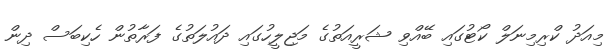
މިއަދު ކްރިމިނަލް ކޯޓުގައި ބޭއްވި ޝަރީއަތުގެ މަޖިލީހުގައި ދައުލަތުގެ ފަރާތުން ހެކިބަސް ދިން